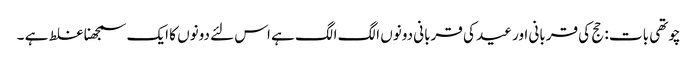
چوتھی بات : حج کی قربانی اور عید کی قربانی دونوں الگ الگ ہے اس لئے دونوں کا ایک سمجھنا غلط ہے ۔